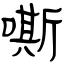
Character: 嘶